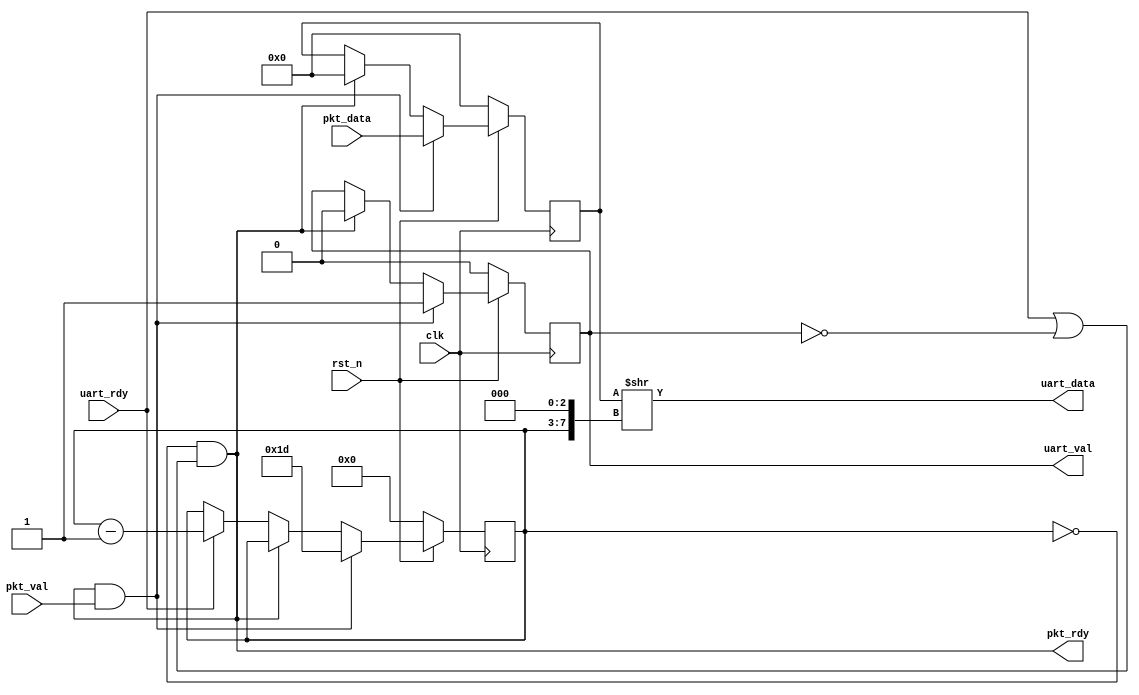
// Copyright (c) 2015 Princeton University
// All rights reserved.
// 
// Redistribution and use in source and binary forms, with or without
// modification, are permitted provided that the following conditions are met:
//     * Redistributions of source code must retain the above copyright
//       notice, this list of conditions and the following disclaimer.
//     * Redistributions in binary form must reproduce the above copyright
//       notice, this list of conditions and the following disclaimer in the
//       documentation and/or other materials provided with the distribution.
//     * Neither the name of Princeton University nor the
//       names of its contributors may be used to endorse or promote products
//       derived from this software without specific prior written permission.
// 
// THIS SOFTWARE IS PROVIDED BY PRINCETON UNIVERSITY "AS IS" AND
// ANY EXPRESS OR IMPLIED WARRANTIES, INCLUDING, BUT NOT LIMITED TO, THE IMPLIED
// WARRANTIES OF MERCHANTABILITY AND FITNESS FOR A PARTICULAR PURPOSE ARE
// DISCLAIMED. IN NO EVENT SHALL PRINCETON UNIVERSITY BE LIABLE FOR ANY
// DIRECT, INDIRECT, INCIDENTAL, SPECIAL, EXEMPLARY, OR CONSEQUENTIAL DAMAGES
// (INCLUDING, BUT NOT LIMITED TO, PROCUREMENT OF SUBSTITUTE GOODS OR SERVICES;
// LOSS OF USE, DATA, OR PROFITS; OR BUSINESS INTERRUPTION) HOWEVER CAUSED AND
// ON ANY THEORY OF LIABILITY, WHETHER IN CONTRACT, STRICT LIABILITY, OR TORT
// (INCLUDING NEGLIGENCE OR OTHERWISE) ARISING IN ANY WAY OUT OF THE USE OF THIS
// SOFTWARE, EVEN IF ADVISED OF THE POSSIBILITY OF SUCH DAMAGE.

// Description: Serializes a n-byte packet to bytes for UART transmission.
//              Sends in MSB to LSB ordering

module uart_serializer
#(
    parameter                           PACKET_LEN_BYTES = 30,
    parameter                           PACKET_LEN_BYTES_LOG2 = 5
)
(
    input                               clk,
    input                               rst_n,
   
    input                               pkt_val,
    input  [(PACKET_LEN_BYTES*8)-1:0]   pkt_data,
    output                              pkt_rdy,

    output                              uart_val,
    output [7:0]                        uart_data,
    input                               uart_rdy
);

///////////////////////
// Type declarations //
///////////////////////

reg                                     pkt_val_next;
reg                                     pkt_val_f;

reg  [(PACKET_LEN_BYTES*8)-1:0]         pkt_data_next;
reg  [(PACKET_LEN_BYTES*8)-1:0]         pkt_data_f;
wire [(PACKET_LEN_BYTES*8)-1:0]         pkt_data_f_shifted;

reg  [PACKET_LEN_BYTES_LOG2-1:0]        byte_counter_next;
reg  [PACKET_LEN_BYTES_LOG2-1:0]        byte_counter_f;

//////////////////////
// Sequential Logic //
//////////////////////

always @ (posedge clk)
begin
    if (~rst_n)
    begin
        pkt_val_f <= 1'b0;
        pkt_data_f <= {(PACKET_LEN_BYTES*8){1'b0}};
        byte_counter_f <= {PACKET_LEN_BYTES_LOG2{1'b0}};
    end
    else
    begin
        pkt_val_f <= pkt_val_next;
        pkt_data_f <= pkt_data_next;
        byte_counter_f <= byte_counter_next;
    end
end

/////////////////////////
// Combinational Logic //
/////////////////////////

assign pkt_rdy = byte_counter_f == {PACKET_LEN_BYTES_LOG2{1'b0}} && (uart_rdy || !pkt_val_f);

always @ *
begin
    // If we are on the last byte, we are sending a byte or there is no current valid byte, 
    // and a new packet is available, accept a new packet
    if (byte_counter_f == {PACKET_LEN_BYTES_LOG2{1'b0}} && (uart_rdy || !pkt_val_f) && pkt_val)
    begin
        pkt_val_next = 1'b1;
        pkt_data_next = pkt_data;
        byte_counter_next = PACKET_LEN_BYTES-1;
    end
    // If we are on the last byte, we are sending a byte or there is no current valid pkt, 
    // and a there is no new packet, clear the current packet
    else if (byte_counter_f == {PACKET_LEN_BYTES_LOG2{1'b0}} && (uart_rdy || !pkt_val_f))
    begin
        pkt_val_next = 1'b0;
        pkt_data_next = {(PACKET_LEN_BYTES*8){1'b0}};
        byte_counter_next = byte_counter_f;
    end
    // Otherwise, keep current packet
    else
    begin
        pkt_val_next = pkt_val_f;
        pkt_data_next = pkt_data_f;
        // If we can send, decrement counter
        // Otherwise keep counter
        if (uart_rdy)
            byte_counter_next = byte_counter_f - 1'b1;
        else
            byte_counter_next = byte_counter_f;
    end
end

assign uart_val = pkt_val_f;
// Grab the correct byte according to the counter (bottom 8 bits of shift right by byte_counter_f*8)
assign pkt_data_f_shifted = pkt_data_f >> ({3'b0, byte_counter_f} << 3);
assign uart_data = pkt_data_f_shifted[7:0];

//////////////////////////
// Sub-module Instances //
//////////////////////////

endmodule